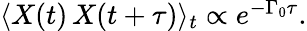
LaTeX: \begin{array}{r}{\langle X(t)\, X(t+\tau)\rangle_{t}\propto e^{-\Gamma_{0}\tau}.}\end{array}